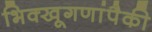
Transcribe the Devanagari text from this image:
भिक्खूगणांपैकी